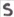
Text: S